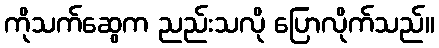
ကိုသက်ဆွေက ညည်းသလို ပြောလိုက်သည်။